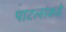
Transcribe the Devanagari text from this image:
पाटलांकडे